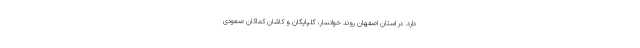
دارد. در استان اصفهان روند خوانسار، گلپایگان و کاشان کماکان صعودی